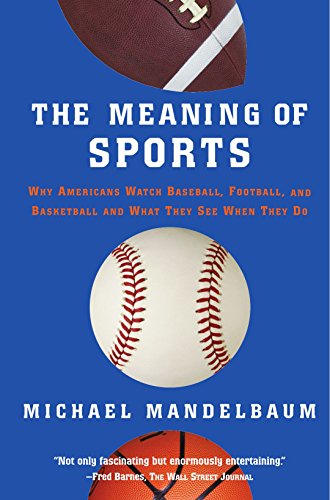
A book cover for The Meaning Of Sports; Michael Mandelbaum; Sports & Outdoors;